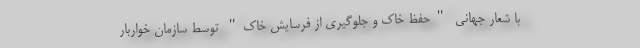
با شعار جهانی "حفظ خاک و جلوگیری از فرسایش خاک" توسط سازمان خواربار